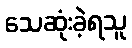
သေဆုံးခဲ့ရသူ